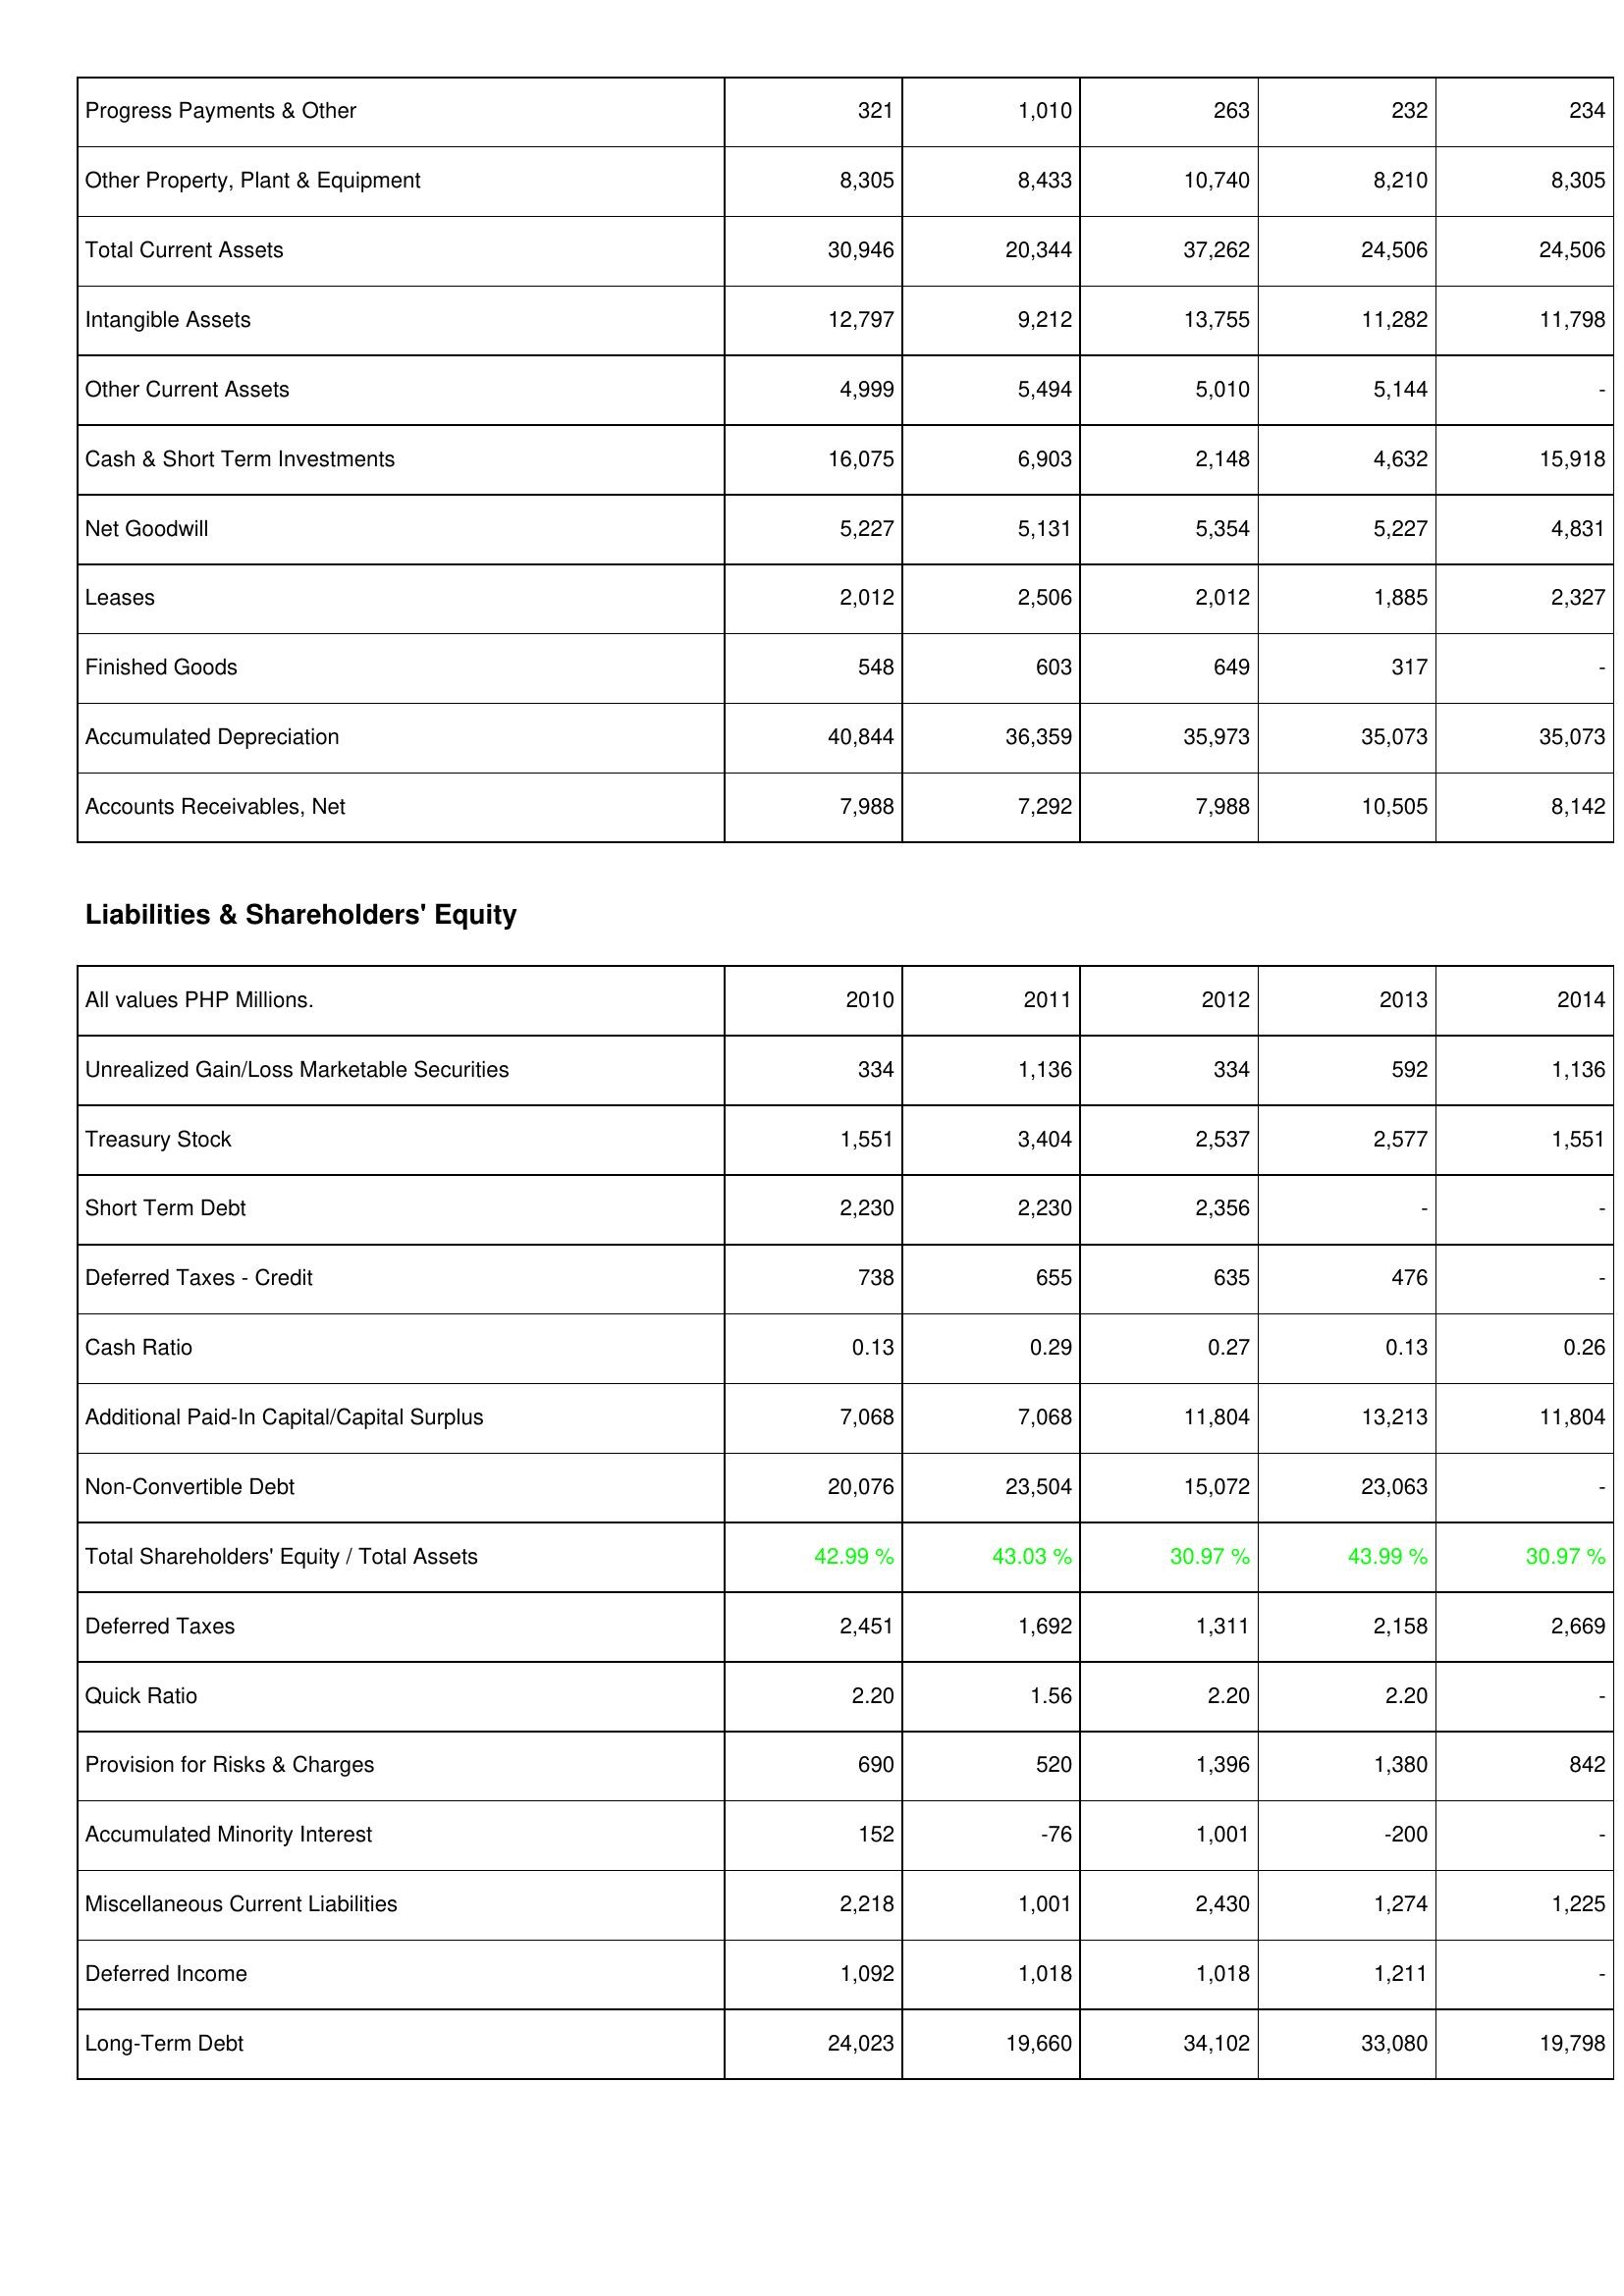
2010: Assets: Progress Payments & Other: 321
Other Property, Plant & Equipment: 8,305
Total Current Assets: 30,946
Intangible Assets: 12,797
Other Current Assets: 4,999
Cash & Short Term Investments: 16,075
Net Goodwill: 5,227
Leases: 2,012
Finished Goods: 548
Accumulated Depreciation: 40,844
Accounts Receivables, Net: 7,988
Liabilities & Shareholders' Equity: Unrealized Gain/Loss Marketable Securities: 334
Treasury Stock: 1,551
Short Term Debt: 2,230
Deferred Taxes - Credit: 738
Cash Ratio: 0.13
Additional Paid-In Capital/Capital Surplus: 7,068
Non-Convertible Debt: 20,076
Total Shareholders' Equity / Total Assets: 42.99 %
Deferred Taxes: 2,451
Quick Ratio: 2.20
Provision for Risks & Charges: 690
Accumulated Minority Interest: 152
Miscellaneous Current Liabilities: 2,218
Deferred Income: 1,092
Long-Term Debt: 24,023
2011: Assets: Progress Payments & Other: 1,010
Other Property, Plant & Equipment: 8,433
Total Current Assets: 20,344
Intangible Assets: 9,212
Other Current Assets: 5,494
Cash & Short Term Investments: 6,903
Net Goodwill: 5,131
Leases: 2,506
Finished Goods: 603
Accumulated Depreciation: 36,359
Accounts Receivables, Net: 7,292
Liabilities & Shareholders' Equity: Unrealized Gain/Loss Marketable Securities: 1,136
Treasury Stock: 3,404
Short Term Debt: 2,230
Deferred Taxes - Credit: 655
Cash Ratio: 0.29
Additional Paid-In Capital/Capital Surplus: 7,068
Non-Convertible Debt: 23,504
Total Shareholders' Equity / Total Assets: 43.03 %
Deferred Taxes: 1,692
Quick Ratio: 1.56
Provision for Risks & Charges: 520
Accumulated Minority Interest: -76
Miscellaneous Current Liabilities: 1,001
Deferred Income: 1,018
Long-Term Debt: 19,660
2012: Assets: Progress Payments & Other: 263
Other Property, Plant & Equipment: 10,740
Total Current Assets: 37,262
Intangible Assets: 13,755
Other Current Assets: 5,010
Cash & Short Term Investments: 2,148
Net Goodwill: 5,354
Leases: 2,012
Finished Goods: 649
Accumulated Depreciation: 35,973
Accounts Receivables, Net: 7,988
Liabilities & Shareholders' Equity: Unrealized Gain/Loss Marketable Securities: 334
Treasury Stock: 2,537
Short Term Debt: 2,356
Deferred Taxes - Credit: 635
Cash Ratio: 0.27
Additional Paid-In Capital/Capital Surplus: 11,804
Non-Convertible Debt: 15,072
Total Shareholders' Equity / Total Assets: 30.97 %
Deferred Taxes: 1,311
Quick Ratio: 2.20
Provision for Risks & Charges: 1,396
Accumulated Minority Interest: 1,001
Miscellaneous Current Liabilities: 2,430
Deferred Income: 1,018
Long-Term Debt: 34,102
2013: Assets: Progress Payments & Other: 232
Other Property, Plant & Equipment: 8,210
Total Current Assets: 24,506
Intangible Assets: 11,282
Other Current Assets: 5,144
Cash & Short Term Investments: 4,632
Net Goodwill: 5,227
Leases: 1,885
Finished Goods: 317
Accumulated Depreciation: 35,073
Accounts Receivables, Net: 10,505
Liabilities & Shareholders' Equity: Unrealized Gain/Loss Marketable Securities: 592
Treasury Stock: 2,577
Short Term Debt: -
Deferred Taxes - Credit: 476
Cash Ratio: 0.13
Additional Paid-In Capital/Capital Surplus: 13,213
Non-Convertible Debt: 23,063
Total Shareholders' Equity / Total Assets: 43.99 %
Deferred Taxes: 2,158
Quick Ratio: 2.20
Provision for Risks & Charges: 1,380
Accumulated Minority Interest: -200
Miscellaneous Current Liabilities: 1,274
Deferred Income: 1,211
Long-Term Debt: 33,080
2014: Assets: Progress Payments & Other: 234
Other Property, Plant & Equipment: 8,305
Total Current Assets: 24,506
Intangible Assets: 11,798
Other Current Assets: -
Cash & Short Term Investments: 15,918
Net Goodwill: 4,831
Leases: 2,327
Finished Goods: -
Accumulated Depreciation: 35,073
Accounts Receivables, Net: 8,142
Liabilities & Shareholders' Equity: Unrealized Gain/Loss Marketable Securities: 1,136
Treasury Stock: 1,551
Short Term Debt: -
Deferred Taxes - Credit: -
Cash Ratio: 0.26
Additional Paid-In Capital/Capital Surplus: 11,804
Non-Convertible Debt: -
Total Shareholders' Equity / Total Assets: 30.97 %
Deferred Taxes: 2,669
Quick Ratio: -
Provision for Risks & Charges: 842
Accumulated Minority Interest: -
Miscellaneous Current Liabilities: 1,225
Deferred Income: -
Long-Term Debt: 19,798